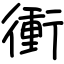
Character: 衝